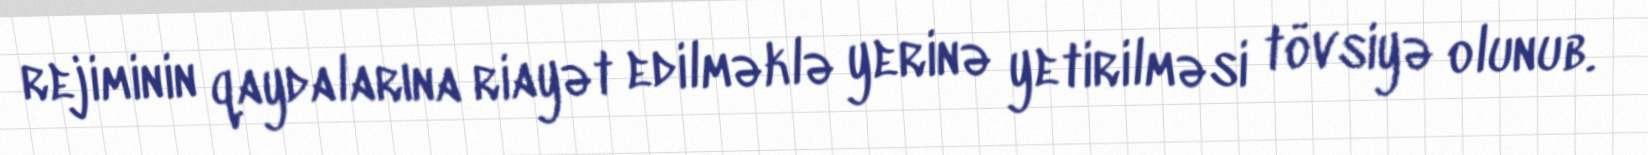
rejiminin qaydalarına riayət edilməklə yerinə yetirilməsi tövsiyə olunub.